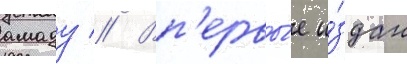
амаду // Вп'ервы́е и́здан